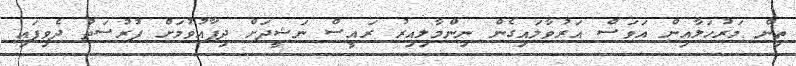
ތިން މަރުހަލާއިން އަވަސް އަރުވާލައިގެން ނިންމާލިއިރު ރައީސް ނަޝީދަށް ދިފާއުވުމަށް ފުރުސަތު ދެވިފައި